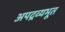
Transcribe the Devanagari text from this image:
अपद्रव्यभूत